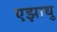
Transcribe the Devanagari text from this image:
एझाथु